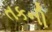
તકની